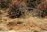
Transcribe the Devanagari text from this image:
भिवरा